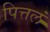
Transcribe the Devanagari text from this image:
पित्तलं